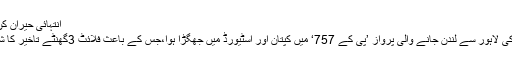
انتہائی حیران کن خبر آ گئی
پی آئی اے کی لاہور سے لندن جانے والی پرواز ’پی کے 757‘ میں کپتان اور اسٹیورڈ میں جھگڑا ہوا،جس کے باعث فلائٹ 3گھنٹے تاخیر کا شکار ہوگئی۔